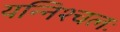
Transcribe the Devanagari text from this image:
यन्निश्चलः